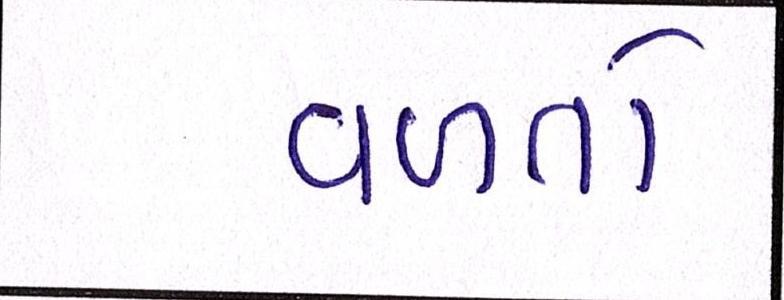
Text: વળતો